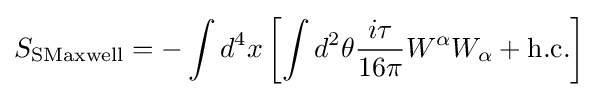
S_{\text{SMaxwell}}=-\int d^{4}x\left[\int d^{2}\theta {\frac {i\tau }{16\pi }}W^{\alpha }W_{\alpha }+{\text{h.c.}}\right]